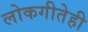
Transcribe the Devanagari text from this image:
लोकगीतेही